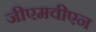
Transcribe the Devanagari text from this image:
जीएमवीएन